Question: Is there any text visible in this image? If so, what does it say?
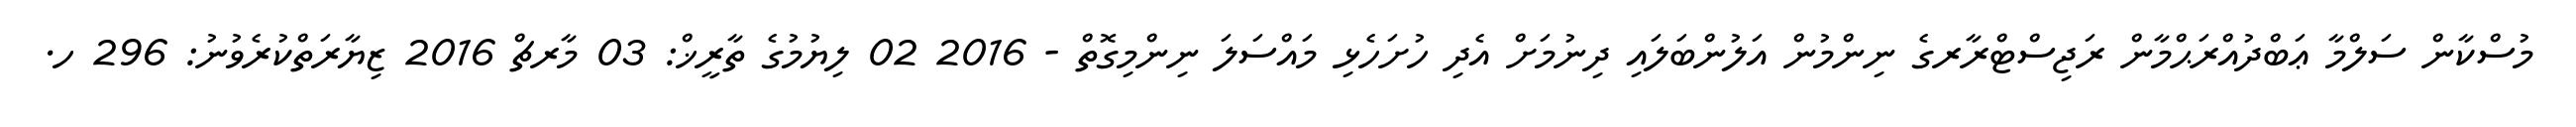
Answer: މުސްކާން ސަލްމާ ޢަބްދުއްރަޙްމާން ރަޖިސްޓްރާރގެ ނިންމުން އަލުންބަލައި ދިނުމަށް އެދި ހުށަހެޅި މައްސަލަ ނިންމިގޮތް - 2016 02 ލިޔުމުގެ ތާރީޚް: 03 މާރޗް 2016 ޒިޔާރަތްކުރެވުނު: 296 ހ.